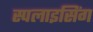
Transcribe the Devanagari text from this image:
स्पलाइसिंग